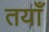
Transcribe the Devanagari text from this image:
तयाँ